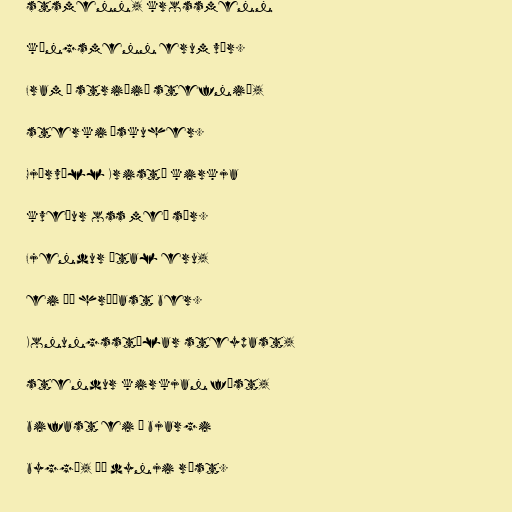
stsmenn, krossmenn

kóngsmenn erum vér.

Fram í striðið stefnið,

sterki æskuher.

Gjörvöll Kristí kirkja

kveður oss með sér.

Fjendur ótal eru,

ei þó hræðast ber.

Konungsstólar steypast,

stendur kirkjan föst,

bifast ei á bjargi

byggð, þó dynji röst.